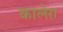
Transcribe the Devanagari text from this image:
कालेरा